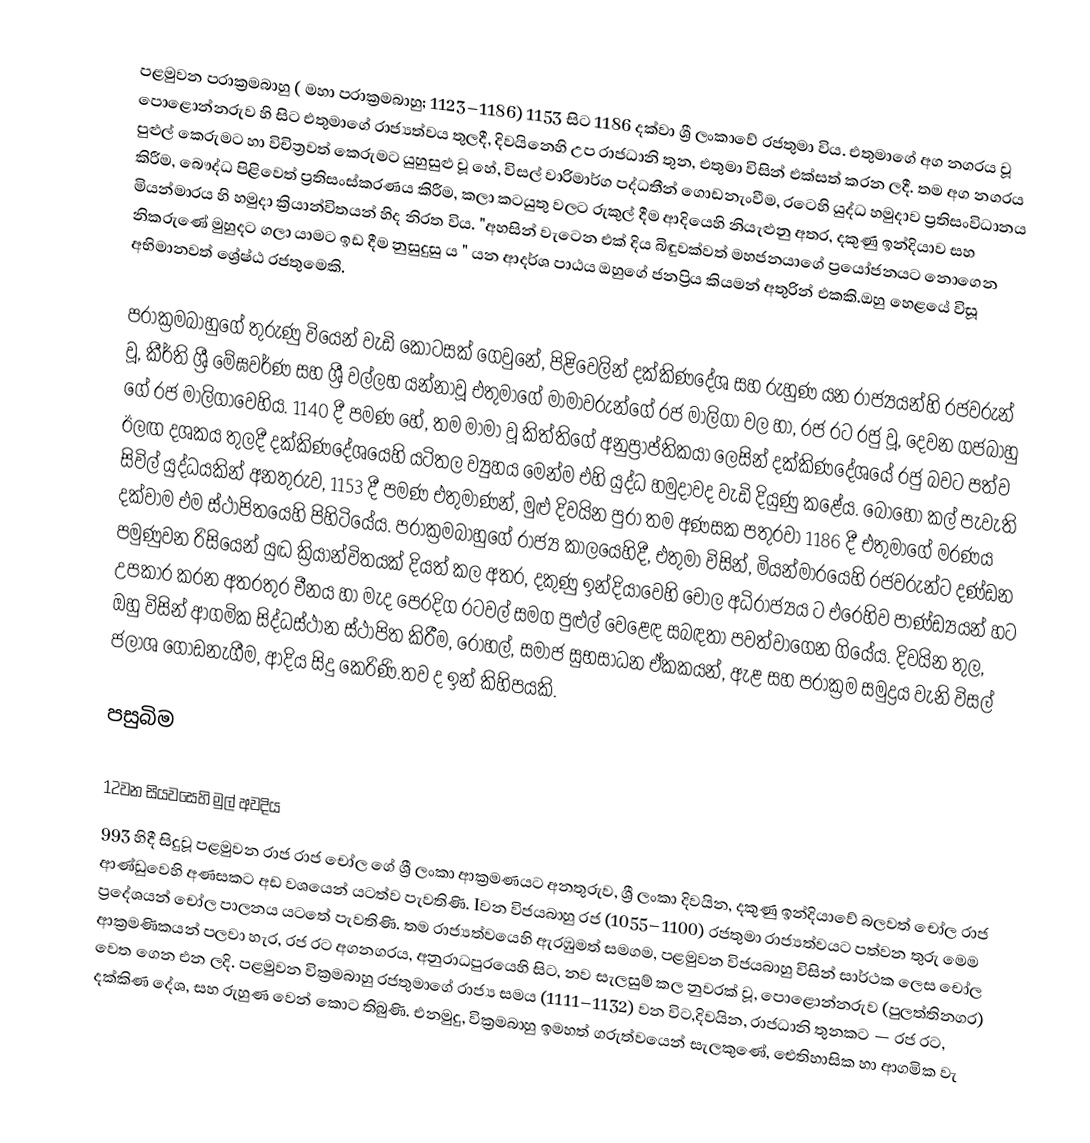
පළමුවන පරාක්‍රමබාහු  ( මහා පරාක්‍රමබාහු; 1123–1186) 1153 සිට 1186 දක්වා ශ්‍රී ලංකාවේ රජතුමා විය. එතුමාගේ අග නගරය වූ  පොළොන්නරුව හි සිට  එතුමාගේ රාජ්‍යත්වය තුලදී, දිවයිනෙහි උප රාජධානි තුන,  එතුමා විසින් එක්සත් කරන ලදී. තම අග නගරය පුළුල් කෙරුමට හා විචිත්‍රවත් කෙරුමට යුහුසුළු වූ  හේ,  විසල් වාරිමාර්ග පද්ධතීන් ගොඩනැංවීම, රටෙහි යුද්ධ හමුදාව ප්‍රතිසංවිධානය කිරීම, බෞද්ධ පිළිවෙත් ප්‍රතිසංස්කරණය කිරීම, කලා කටයුතු වලට රුකුල් දීම ආදියෙහි නියැළුනු අතර, දකුණු  ඉන්දියාව සහ  මියන්මාරය හි හමුදා ක්‍රියාන්විතයන් හිද නිරත විය.  "අහසින් වැ‍ටෙන එක් දිය බිඳුවක්වත්  මහජනයාගේ ප්‍රයෝජනයට නොගෙන නිකරුණේ මුහුදට ගලා යාමට ඉඩ දීම  නුසුදුසු ය " යන ආදර්ශ පාඨය ඔහුගේ ජනප්‍රිය කියමන් අතුරින් එකකි.ඔහු හෙළයේ විසූ අභිමානවත් ශ්‍රේෂ්ඨ රජතුමෙකි.

පරාක්‍රමබාහුගේ තුරුණු වියෙන්  වැඩි කොටසක් ගෙවුනේ,  පිළිවෙලින් දක්කිණදේශ සහ  රුහුණ  යන රාජ්‍යයන්හි රජවරුන් වූ,  කීර්ති ශ්‍රී ‍මේඝවර්ණ සහ  ශ්‍රී වල්ලභ යන්නාවූ  එතුමාගේ මාමාවරුන්ගේ රජ මාලිගා වල හා, රජ රට රජු වූ, දෙවන ගජබාහු ගේ රජ මාලිගාවෙහිය. 1140 දී පමණ හේ, තම මාමා වූ කිත්තිගේ අනුප්‍රාප්තිකයා ලෙසින් දක්කිණදේශයේ රජු බවට පත්ව ඊලඟ දශකය තුලදී දක්කිණදේශයෙහි යටිතල ව්‍යුහය මෙන්ම එහි යුද්ධ හමුදාවද වැඩි දියුණු කළේය. බොහෝ කල් පැවැති සිවිල් යුද්ධයකින් අනතුරුව, 1153 දී පමණ එතුමාණන්, මුළු දිවයින පුරා තම අණසක පතුරවා  1186 දී  එතුමාගේ මරණය දක්වාම එම ස්ථාපිතයෙහි පිහිටියේය. පරාක්‍රමබාහුගේ රාජ්‍ය කාලයෙහිදී,  එතුමා විසින්,  මියන්මාරයෙහි රජවරුන්ට දණ්ඩන පමුණුවන රිසියෙන් යුද්‍ධ ක්‍රියාන්විතයක් දියත් කල අතර, දකුණු  ඉන්දියාවෙහි  චෝල අධිරාජ්‍යය ට එරෙහිව පාණ්ඩ්‍යයන් හට උපකාර  කරන අතරතුර චීනය හා මැද පෙරදිග රටවල් සමග පුළුල් වෙළෙඳ සබඳතා පවත්වාගෙන ගියේය. දිවයින තුල, ඔහු විසින් ආගමික  සිද්ධස්ථාන ස්ථාපිත කිරීම, රෝහල්, සමාජ සුභසාධන ඒකකයන්, ඇළ සහ පරාක්‍රම සමුද්‍රය වැනි විසල් ජලාශ ගොඩනැගීම,  ආදිය සිදු කෙරිණි.තව ද ඉන් කිහිපයකි.

පසුබිම

12වන සියවසෙහි මුල් අවදිය
993 හිදී සිදුවූ  පළමුවන රාජ රාජ චෝල ගේ ශ්‍රී ලංකා ආක්‍රමණයට අනතුරුව,  ශ්‍රී ලංකා දිවයින, දකුණු ඉන්දියාවේ බලවත්  චෝල රාජ ආණ්ඩුවෙහි අණසකට අඩ වශයෙන් යටත්ව පැවතිණි.  Iවන විජයබාහු රජ (1055–1100) රජතුමා රාජ්‍යත්වයට පත්වන තුරු මෙම ප්‍රදේශයන් චෝල පාලනය යටතේ පැවතිණි.  තම රාජ්‍යත්වයෙහි ඇරඹුමත් සමගම, පළමුවන විජයබාහු විසින් සාර්ථක ලෙස චෝල ආක්‍රමණිකයන් පලවා හැර, රජ රට අගනගරය, අනුරාධපුරයෙහි සිට, නව  සැලසුම් කල නුවරක් වූ, පොළොන්නරුව (පුලත්තිනගර) වෙත ගෙන එන ලදි. පළමුවන වික්‍රමබාහු රජතුමාගේ රාජ්‍ය සමය (1111–1132) වන විට,දිවයින, රාජධානි තුනකට — රජ රට, දක්කිණ දේශ, සහ රුහුණ වෙන් කොට තිබුණි. එනමුදු, වික්‍රමබාහු ඉමහත් ගරුත්වයෙන් සැලකුණේ, ඓතිහාසික හා ආගමික වැ